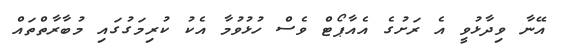
އޭނާ ވިދާޅުވީ އެ ރަށުގެ އެއާޕޯޓް ވެސް ހުޅުވުމާ އެކު ކުރިމަގުގައި މުބާރާތްތައް